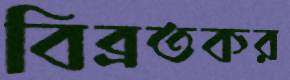
বিব্রতকর